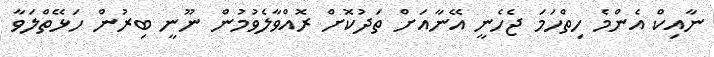
ނާއިކް އެންމެ ހިތްހަމަ ޖެހެނީ އޭނާއަށް ތަދުކޮށް ރޮއްވާލެވުމުން ނޫނީ ބިރުން ހަޅޭތްލަވާ